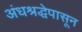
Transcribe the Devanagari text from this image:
अंधश्रद्धेपासून